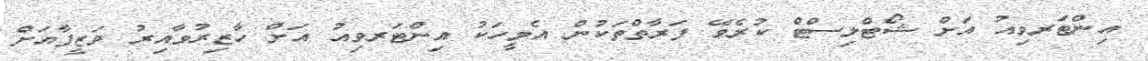
އިންޓަރވިއު އަށް ޝޯޓްލިސްޓް ކުރެވޭ ފަރާތްތަކުން އެމީހަކު އިންޓަރވިއު އަށް ހާޒިރުވާއިރު ވަޒީފާއަށް